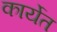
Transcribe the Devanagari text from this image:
कार्येत